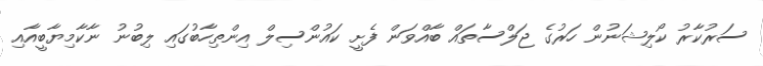
ސަރުކާރު ކޯލިޝަނުން ހަރުގެ ޖަލްސާތައް ބާއްވަން ފެށީ ކައުންސިލް އިންތިހާބުގައި ލިބުނު ނާކާމިޔާބީއާއި